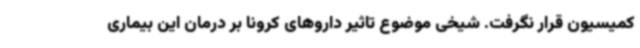
کمیسیون قرار نگرفت. شیخی موضوع تاثیر داروهای کرونا بر درمان این بیماری